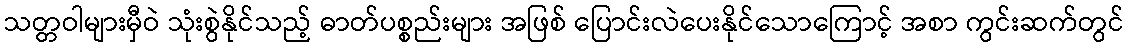
သတ္တဝါများမှီဝဲ သုံးစွဲနိုင်သည့် ဓာတ်ပစ္စည်းများ အဖြစ် ပြောင်းလဲပေးနိုင်သောကြောင့် အစာ ကွင်းဆက်တွင်